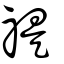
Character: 禔